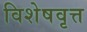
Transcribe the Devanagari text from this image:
विशेषवृत्त